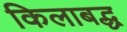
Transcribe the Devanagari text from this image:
किलाबद्ध